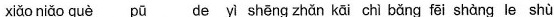
xiǎo niǎo què pū de yì shēng zhǎn kāi chì bǎng fēi shàng le shù